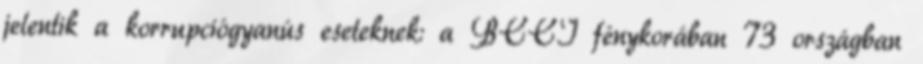
jelentik a korrupciógyanús eseteknek: a BCCI fénykorában 73 országban